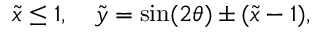
\tilde { x } \le 1 , \quad \tilde { y } = \sin ( 2 \theta ) \pm ( \tilde { x } - 1 ) ,